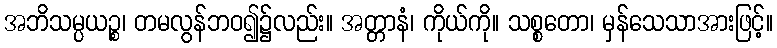
အဘိသမ္ပယဉ္စ၊ တမလွန်ဘဝ၍၌လည်း။ အတ္တာနံ၊ ကိုယ်ကို။ သစ္စတော၊ မှန်သေသာအားဖြင့်။